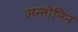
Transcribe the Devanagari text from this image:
अन्तोनिन